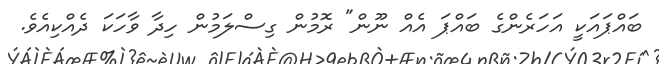
ބައްޕައަކީ އަހަަރެންގެ ބައްޕަ އެއް ނޫން" ރޮމުން ގިސްލަމުން ހިދާ ވާހަކަ ދެއްކިއެވެ.